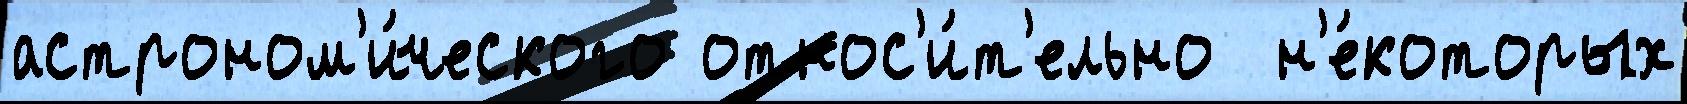
астроном'и́ческого относ'и́т'ельно  н'е́которых